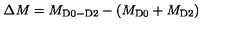
\Delta M = M _ { \mathrm { \scriptsize { D 0 - D 2 } } } - ( M _ { \mathrm { \scriptsize { D 0 } } } + M _ { \mathrm { \scriptsize { D 2 } } } )